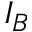
I _ { B }